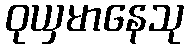
ဝုယှမာနေသု